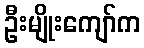
ဦးမျိုးကျော်က